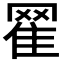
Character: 𦋜